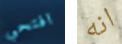
افتحي انه